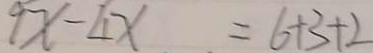
9 x - 4 x = 6 + 3 + 2